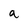
Character: a